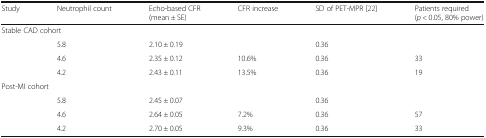
<table><thead><tr><td><b>Study</b></td><td><b>Neutrophil count</b></td><td><b>Echo-based CFR (mean ± SE)</b></td><td><b>CFR increase</b></td><td><b>SD of PET-MPR [22]</b></td><td><b>Patients required (<i>p</i> &lt; 0.05, 80% power)</b></td></tr></thead><tbody><tr><td colspan="6">Stable CAD cohort</td></tr><tr><td></td><td>5.8</td><td>2.10 ± 0.19</td><td></td><td>0.36</td><td></td></tr><tr><td></td><td>4.6</td><td>2.35 ± 0.12</td><td>10.6%</td><td>0.36</td><td>33</td></tr><tr><td></td><td>4.2</td><td>2.43 ± 0.11</td><td>13.5%</td><td>0.36</td><td>19</td></tr><tr><td colspan="6">Post-MI cohort</td></tr><tr><td></td><td>5.8</td><td>2.45 ± 0.07</td><td></td><td>0.36</td><td></td></tr><tr><td></td><td>4.6</td><td>2.64 ± 0.05</td><td>7.2%</td><td>0.36</td><td>57</td></tr><tr><td></td><td>4.2</td><td>2.70 ± 0.05</td><td>9.3%</td><td>0.36</td><td>33</td></tr></tbody></table>